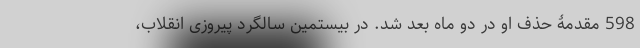
598 مقدمۀ حذف او در دو ماه بعد شد. در بیستمین سالگرد پیروزی انقلاب،